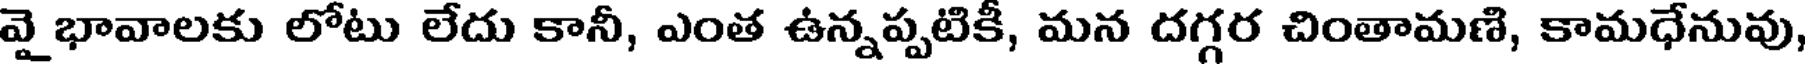
వై భావాలకు లోటు లేదు కానీ, ఎంత ఉన్నప్పటికీ, మన దగ్గర చింతామణి, కామధేనువు